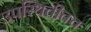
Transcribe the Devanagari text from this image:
उपस्थितीतच